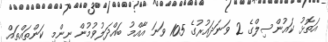
އަތޮޅު ކައުންސިލްގެ 2 ވަނަދައުރުގެ 105 ވަނަ އާއްމު ބައްދަލުވުމުން ނިންމި ކަންތައްތައް